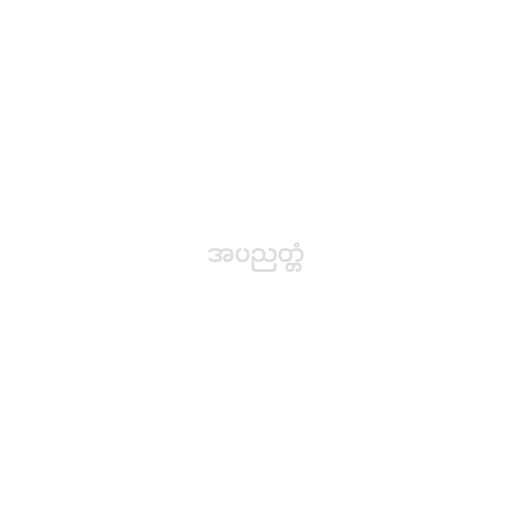
အပညတ္တံ